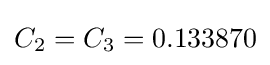
C_{2}=C_{3}=0.133870